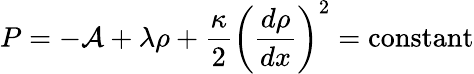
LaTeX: P=-\mathcal{A}+\lambda\rho+\frac{\kappa}{2}\left(\frac{d\rho}{dx}\right)^{2}=\mathrm{constant}